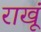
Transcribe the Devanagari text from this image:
राखूं